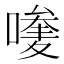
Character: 𠿆